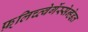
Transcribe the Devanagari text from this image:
फ़्लिच्त्वेर्गेस्सेन्हेइत